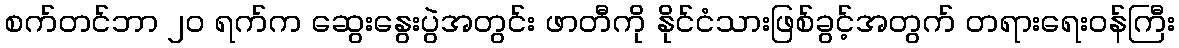
စက်တင်ဘာ ၂၀ ရက်က ဆွေးနွေးပွဲအတွင်း ဖာတီကို နိုင်ငံသားဖြစ်ခွင့်အတွက် တရားရေးဝန်ကြီး